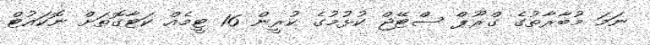
ނަމަ މުބާރާތުގެ ގްރޫޕް ސްޓޭޖް ކުޅުމުގެ ކުރީން 16 ޓީމެއް ކަޓާގޮތަށް ނޮކައުޓް